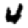
Digit: 4